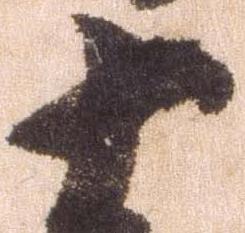
十